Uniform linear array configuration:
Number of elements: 64
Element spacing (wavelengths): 0.75
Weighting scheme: kaiser
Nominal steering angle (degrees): -30
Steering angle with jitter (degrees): -28.5
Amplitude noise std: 0.05
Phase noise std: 0.05

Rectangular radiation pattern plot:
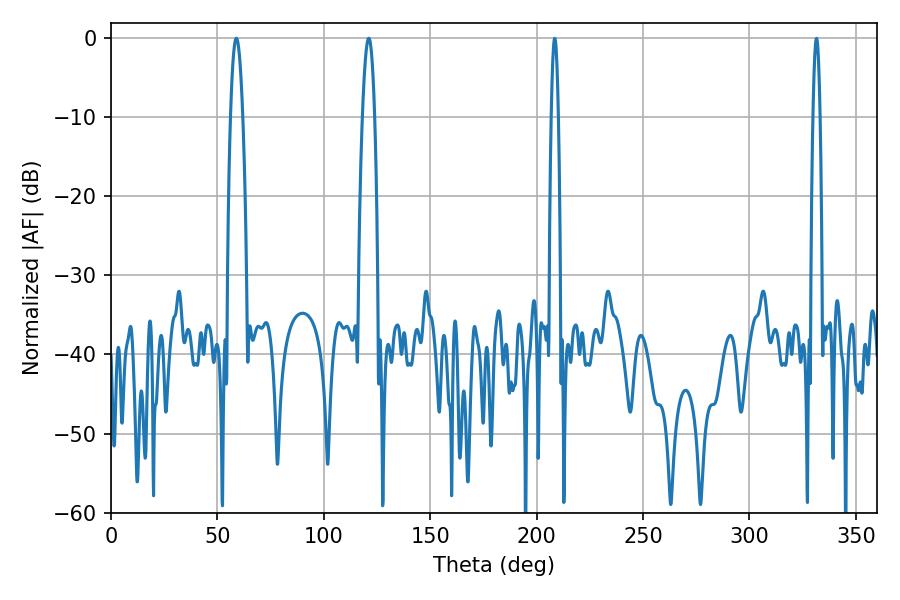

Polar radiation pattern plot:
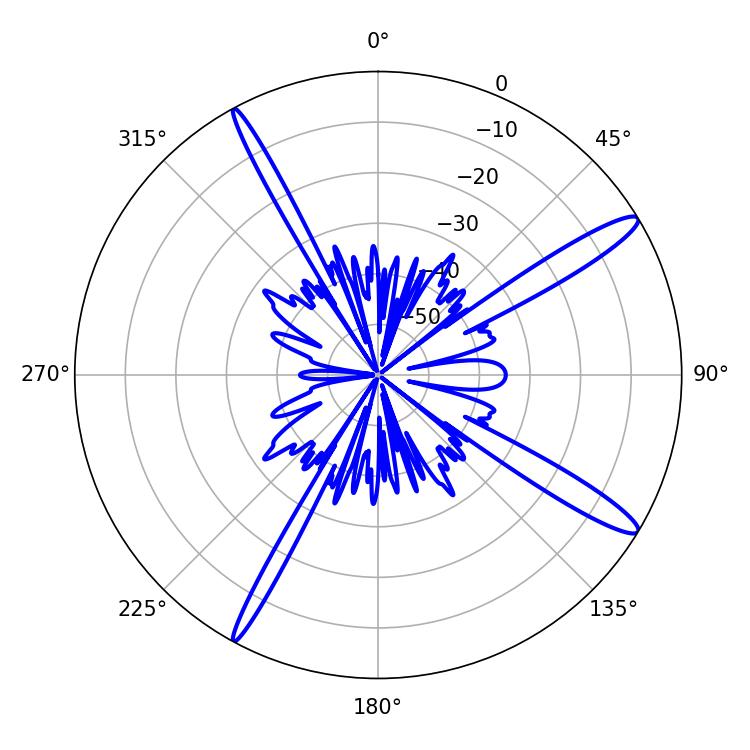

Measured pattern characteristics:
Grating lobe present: TRUE
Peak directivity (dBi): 14.593
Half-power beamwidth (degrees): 3.06
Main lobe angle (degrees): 121.14